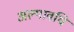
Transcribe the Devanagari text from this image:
अल्‍पावधि